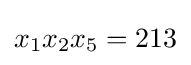
x_{1}x_{2}x_{5}=213